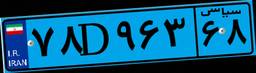
۹۰D۵۳۱۰۰